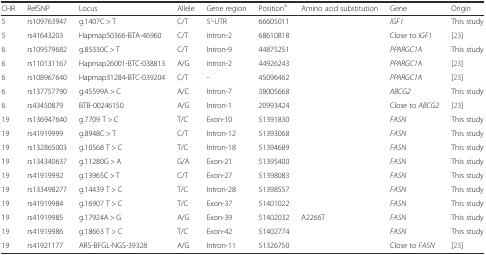
<table><thead><tr><td><b>CHR</b></td><td><b>RefSNP</b></td><td><b>Locus</b></td><td><b>Allele</b></td><td><b>Gene region</b></td><td><b>Position<sup>a</sup></b></td><td><b>Amino acid substitution</b></td><td><b>Gene</b></td><td><b>Origin</b></td></tr></thead><tbody><tr><td>5</td><td>rs109763947</td><td>g.1407C &gt; T</td><td>C/T</td><td>5&#x27;-UTR</td><td>66605011</td><td></td><td><i>IGF1</i></td><td>This study</td></tr><tr><td>5</td><td>rs41643203</td><td>Hapmap50366-BTA-46960</td><td>C/T</td><td>intron-2</td><td>68610818</td><td></td><td>Close to <i>IGF1</i></td><td>[23]</td></tr><tr><td>6</td><td>rs109579682</td><td>g.85330C &gt; T</td><td>C/T</td><td>Intron-9</td><td>44875251</td><td></td><td><i>PPARGC1A</i></td><td>This study</td></tr><tr><td>6</td><td>rs110131167</td><td>Hapmap26001-BTC-038813</td><td>A/G</td><td>intron-2</td><td>44926243</td><td></td><td><i>PPARGC1A</i></td><td>[23]</td></tr><tr><td>6</td><td>rs108967640</td><td>Hapmap31284-BTC-039204</td><td>C/T</td><td>-</td><td>45096462</td><td></td><td><i>PPARGC1A</i></td><td>[23]</td></tr><tr><td>6</td><td>rs137757790</td><td>g.45599A &gt; C</td><td>A/C</td><td>Intron-7</td><td>38005668</td><td></td><td><i>ABCG2</i></td><td>This study</td></tr><tr><td>6</td><td>rs43450879</td><td>BTB-00246150</td><td>A/G</td><td>Intron-1</td><td>20993424</td><td></td><td>Close to <i>ABCG2</i></td><td>[23]</td></tr><tr><td>19</td><td>rs136947640</td><td>g.7709 T &gt; C</td><td>T/C</td><td>Exon-10</td><td>51391830</td><td></td><td><i>FASN</i></td><td>This study</td></tr><tr><td>19</td><td>rs41919999</td><td>g.8948C &gt; T</td><td>C/T</td><td>Intron-12</td><td>51393068</td><td></td><td><i>FASN</i></td><td>This study</td></tr><tr><td>19</td><td>rs132865003</td><td>g.10568 T &gt; C</td><td>T/C</td><td>Intron-18</td><td>51394689</td><td></td><td><i>FASN</i></td><td>This study</td></tr><tr><td>19</td><td>rs134340637</td><td>g.11280G &gt; A</td><td>G/A</td><td>Exon-21</td><td>51395400</td><td></td><td><i>FASN</i></td><td>This study</td></tr><tr><td>19</td><td>rs41919992</td><td>g.13965C &gt; T</td><td>C/T</td><td>Exon-27</td><td>51398083</td><td></td><td><i>FASN</i></td><td>This study</td></tr><tr><td>19</td><td>rs133498277</td><td>g.14439 T &gt; C</td><td>T/C</td><td>Intron-28</td><td>51398557</td><td></td><td><i>FASN</i></td><td>This study</td></tr><tr><td>19</td><td>rs41919984</td><td>g.16907 T &gt; C</td><td>T/C</td><td>Exon-37</td><td>51401022</td><td></td><td><i>FASN</i></td><td>This study</td></tr><tr><td>19</td><td>rs41919985</td><td>g.17924A &gt; G</td><td>A/G</td><td>Exon-39</td><td>51402032</td><td>A2266T</td><td><i>FASN</i></td><td>This study</td></tr><tr><td>19</td><td>rs41919986</td><td>g.18663 T &gt; C</td><td>T/C</td><td>Exon-42</td><td>51402774</td><td></td><td><i>FASN</i></td><td>This study</td></tr><tr><td>19</td><td>rs41921177</td><td>ARS-BFGL-NGS-39328</td><td>A/G</td><td>Intron-11</td><td>51326750</td><td></td><td>Close to <i>FASN</i></td><td>[23]</td></tr></tbody></table>